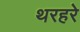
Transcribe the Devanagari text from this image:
थरहरे